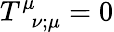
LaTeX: T_{{\, \, \, \nu};\mu}^{\mu}=0